Papaver somniferum - Opium : an extract from the sixth volume of the Dictionary of Economic Products of India
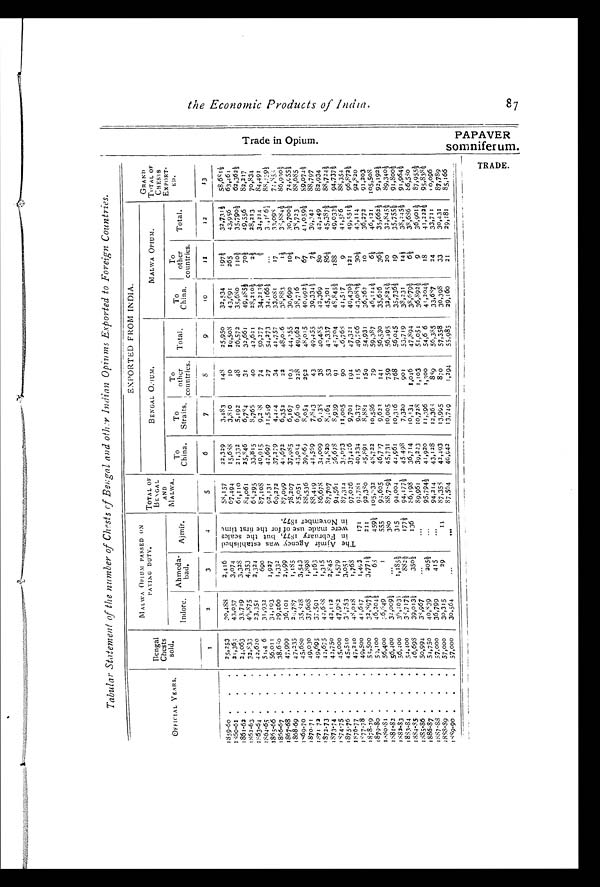
t h e E c o n o m i c P r o d u c t s o f I n d i a .
T r a d e i n O p i u m .
P A P A V E R S o m n i f e r u m
T R A D E .
Tabular Statement of the number of Chests of Bengal and other Indian Opiums Exported to Foreign Countries.
OFFICIAL YEARS.
Bengal
Chests sold.
MALWA OPIUM PASSED ON
PAYING DUTY.
TOTAL OF
BENGAL AND
MALWA.
EXPORTED FROM INDIA.
GRAND
TOTAL OF CHE S T S
EXPORT
-ED.
BENGAL OPIUM.
MALWA OPI UM.
Indore. Ahmeda bad. Ajmír.
To
China. To
S t r a i t s .
T o o t h e r
countries. Total. To
China
To
other
countries. Total.
1
2
3
4
5
6
7
8
9
10
1 1 12
13
1 8 5 9 - 6 0
25,253 30,488 2,416
T h e A j m í r A g e n c y w a s e s t a b l i s h e d i n F e b r u a r y 1 8 7 7 , b u t t h e s c a l e s w e r e m a d e u s e o f f o r t h e f i r s t t i m e i n N o v e m b e r 1 8 7 7 .
58,157 22,329 3,483 1 4 8
25,950 32,534 197½ 32,731½ 58, 681½
1860-61
21,363 43,057 3,074
67, 494
15, 688
3 , 8 1 0
1 0
1 9 , 5 0 8
43, 691
2 6 5 43, 956
6 3 , 4 6 4
1861-62
2 4 , 0 6 3
33,719
3 , 3 2 8
61, 110 21,332
5 , 1 9 2
4 8
2 6 , 5 7 2
35, 680
1 1 0 ½ 35, 790½
6 2 , 3 6 2 ½
1862-63
32,833 46, 875
4 , 3 5 3
84,061 25, 846
6 , 7 8 4
3 1
3 2 , 6 6 1
49, 485½
7 0 ½ 49, 556
8 2 , 2 1 7
1863-64
42,620 23,351
2 , 3 2 4
68, 295
33, 815
8 , 7 6 5
4 0
4 2 , 6 2 1
28, 210½
2 ½ 28, 213
7 0 , 8 3 4
1 8 6 4 - 6 5
51,46 31,932
690
8 7 , 1 0 8
40, 915
9 , 2 8 8
7 4
5 0 , 2 7 7 34.213½
½ 34, 214
8 4 , 4 9 1
1865-66
56,011 34,193
1 , 9 2 7
92, 131
42, 697
1 1 , 5 4 9
2 7
5 4 , 2 7 3
34, 166½
34, 166½
8 8 , 2 3 9 ½
1 8 6 6 - 6 7
38,680 29,260
1 , 3 3 2
69, 272
3 7 , 2 7 9
4 , 4 4 4
3 4
4 1 , 7 5 7
33, 081
1 7 33, 098
7 4 , 8 5 3
1867-68
47,999 36,101 2,999
87, 099
41, 672
6 , 3 5 2
2 2
4 8 , 0 4 6
38, 883
1 ½ 38, 884½
8 6 , 9 3 0 ½
1868-69
47,235 29,787
1 , 1 8 5
78,207 37, 985
6 , 1 6 7
1 0 3
4 4 , 3 5 5
30, 690
1 0 ½ 30, 700½
7 4 , 9 5 5 ½
1869-70
45,680 35,828
3 , 5 4 3
85, 051
4 3 , 0 5 4
6 , 6 8 0
2 2 8
4 9 , 9 6 2
38, 716
7 38,723
8 8 , 6 8 5
1870-71
49,030 37,608
1 , 8 9 8
88, 536
39, 669
8 , 0 5 4
2 9 2
4 8 , 0 1 5
40, 992½
6 7 41, 059½
8 9 , 0 7 4 ½
1871-72
49,695
37, 591
1 , 1 6 3
88, 449
41, 569
7 , 8 4 3
4 3
4 9 , 4 5 5
39, 334½
7 ½ 39, 342
8 8 , 7 9 7
1872-73
42,675 42,688
1 , 3 1 5
86, 678
34, 009
6 , 4 3 8
3 8
4 0 , 4 8 5
42, 369
8 0 42, 449
8 2 , 9 3 4
1873-74
42,750 42,112 2,845
87, 707
34, 820
8 , 4 6 4
5 3
4 3 , 3 3 7
4 5 , 3 0 1
86½
45, 387½
8 8 , 7 2 4 ½
1874-75
45,000 47,982
1 , 5 7 9
94, 561
36, 678
8 , 9 3 9
9 1
4 5 , 7 0 4
48, 845½
1 8 8 49, 033½
9 4 , 7 3 7 ½
1875-76
45,510 38,753 3,051
87, 314
35, 673
1 1 , 0 0 5
9 0
4 6 , 7 6 8
41, 517
9 41, 586
8 8 , 3 5 4
1876-77
47,240 48,018 1,768
97, 026
37, 426
9 , 7 0 1
1 9 4
4 7 , 3 2 1
49, 430½
1 2 1 49, 551½
9 6 , 8 7 2 ½
1877-78
49,500 41,617
1 , 4 9 3
1 7 1 92,781
40, 234
9 , 3 5 7
1 1 5
4 9 , 7 0 6
43, 083½
3 0 ½ 43, 114
9 2 , 8 2 0
1 8 7 8 - 7 9
55,500 32,897½
3 , 7 7 1 ½
2 1 1 92,380 45,891
8 , 8 8 1
1 5 0 5 4 , 9 3 1
36, 262
1 0 36, 272
9 1 , 2 0 3
1879-80
59, 100 46,204½
6 8
4 5 9 ½ 1 0 5 , 8 3 2
48, 722
1 0 , 5 8 6
7 9
5 9 , 3 8 7
46, 114½
6 ½ 46, 121
1 0 5 , 5 0 8
1 8 8 0 - 8 1
56,400
36, 649
1
5 5 5 93, 605 46, 707
9 , 6 2 3
1 4 1
5 6 , 5 3 0
35,626
3 6 ½ 35, 662½
9 2 , 1 9 2 ½
1 8 8 1 - 8 2
56,400 32,009½
380 88,789½ 45, 731 10, 005
7 5 9 56, 495 32,825½
2 0 32, 845½
8 9 , 3 4 0 ½
1882-83
56,400 36,103½ 1, 185½ 315
94, 004 44, 961
1 0 , 3 1 6
7 6 8
5 6 , 0 4 5
35, 736½
1 9 35, 755½
9 1 , 8 0 0 ½
1 8 8 3 - 8 4
54,400 38,717½
8 8 2 ½
1 7 7 ½ 9 4 , 1 7 7 ½
45, 498
7 , 3 2 0
9 0 1
5 3 , 7 1 9
3 8 , 2 3 1
1 4 ½ 38, 245½
9 1 , 9 6 4 ½
1884-85
46,698 39,013½
3 5 0 ½
1 3 6 86, 198
36, 714 10, 134
1 , 0 4 6
4 7 , 8 9 4
38, 679½
6 ½ 38, 686½
8 6 , 5 8 0
1885-86
50,994 38,967
89, 961 39, 223
1 0 , 7 2 8
1 , 1 0 3
5 1 , 0 5 4
3 6 , 8 9 2 ½
9 36, 901½
8 7 , 9 5 5 ½
1 8 8 6 - 8 7
54,750 40,839
205½
9 5 , 7 9 4 ½
41, 920
1 1 , 3 9 6
1 , 3 0 0
5 4 , 6 6
41, 204½
1 8 41, 222½
9 5 , 8 3 8 ½
1 8 8 7 - 8 8
57,000 36,799
415
94, 214
43, 128
1 2 , 3 6 8
8 8 9
5 6 , 3 8 5
33, 687
2 4 33, 711
1 0 , 0 9 6
1888-89
57,000 30,315
29
14 87,358
42, 493 13, 995
8 7 0
5 7 , 3 5 8
3 0 , 3 9 8
3 3 30, 431
8 7 , 7 8 9
1 8 8 9 - 9 0
57,000 30,564
87,56440,942
1 3 , 7 4 9
1,294
5 5 , 9 8 5
29,16021 29,181
8 5 , 1 6 6